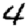
Digit: 4